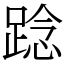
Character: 踗